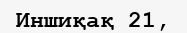
Иншиқақ 21,